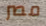
مصر